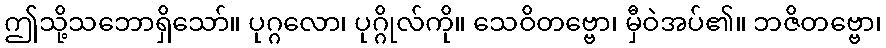
ဤသို့သဘောရှိသော်။ ပုဂ္ဂလော၊ ပုဂ္ဂိုလ်ကို။ သေဝိတဗ္ဗော၊ မှီဝဲအပ်၏။ ဘဇိတဗ္ဗော၊